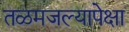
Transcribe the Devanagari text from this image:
तळमजल्यापेक्षा